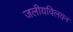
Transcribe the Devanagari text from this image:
जलीयविलयन